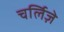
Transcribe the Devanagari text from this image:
चर्लिज़े